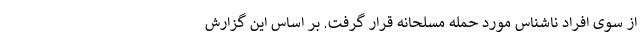
از سوی افراد ناشناس مورد حمله مسلحانه قرار گرفت. بر اساس این گزارش